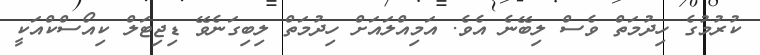
ކުރުމުގެ ހިދުމަތް ވެސް ލިބޭނެ އެވެ. އަމިއްލައަށް ހިދުމަތް ލިބިގަނެވޭ ޑިޖިޓަލް ކިއޯސްކްއަކީ